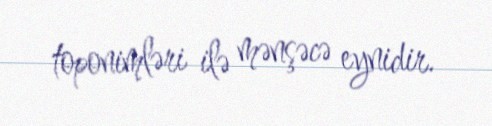
toponimləri ilə mənşəcə eynidir.